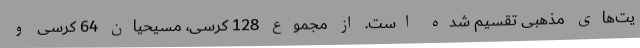
یت‌های مذهبی تقسیم شده است. از مجموع 128 کرسی، مسیحیان 64 کرسی و